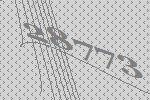
28773